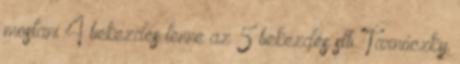
mostani 4 bekezdés lenne az 5 bekezdés stb. Tarnóczky